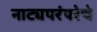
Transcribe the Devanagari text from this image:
नाट्यपरंपरेचे